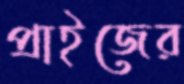
প্রাইজের